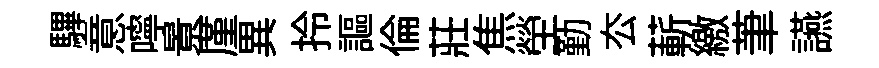
驆意嚀㬌厪異拎謳倫莊焦塋勤厺蔪繳茟讌